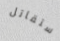
ستقاتل